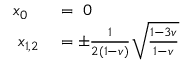
\begin{array} { r l } { x _ { 0 } ~ ~ } & { { } = ~ 0 } \\ { x _ { 1 , 2 } } & { { } = \pm \frac { 1 } { 2 ( 1 - v ) } \sqrt { \frac { 1 - 3 v } { 1 - v } } } \end{array}